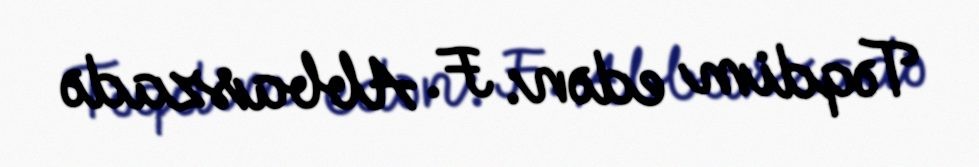
Təqdim edən: F. Abbaszadə